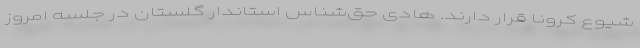
شیوع کرونا قرار دارند. هادی حق‌شناس استاندار گلستان در جلسه امروز